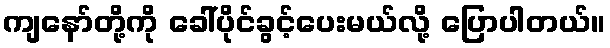
ကျနော်တို့ကို ခေါ်ပိုင်ခွင့်ပေးမယ်လို့ ပြောပါတယ်။